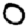
Digit: 0